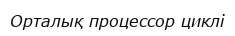
Орталық процессор циклі